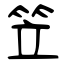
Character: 笠